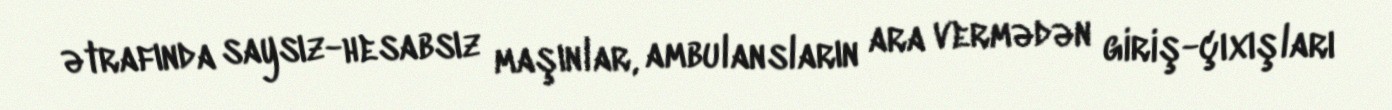
ətrafında saysız-hesabsız maşınlar, ambulansların ara vermədən giriş-çıxışları